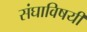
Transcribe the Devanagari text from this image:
संघाविषयी